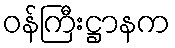
ဝန်ကြီးဋ္ဌာနက